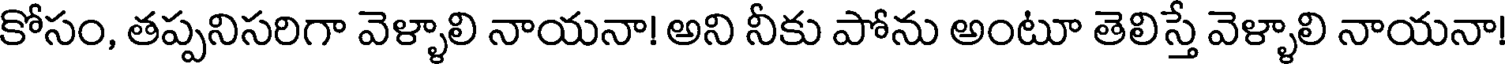
కోసం, తప్పనిసరిగా వెళ్ళాలి నాయనా! అని నీకు పోను అంటూ తెలిస్తే వెళ్ళాలి నాయనా